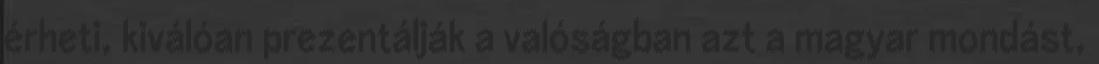
érheti, kiválóan prezentálják a valóságban azt a magyar mondást,